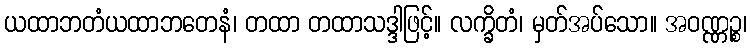
ယထာဘတံယထာဘတေနံ၊ တထာ တထာသဒ္ဒါဖြင့်။ လက္ခိတံ၊ မှတ်အပ်သော။ အဝဏ္ဏဉ္စ၊